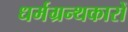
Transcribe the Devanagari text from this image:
धर्मग्रन्थकारों